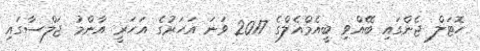
ހޮޓަލް ޖެންގައި ބޭއްވި ބީއެމްއެލްގެ 2017 ވަނަ އަހަރުގެ އަހަރީ އާންމު ޖަލްސާގައި